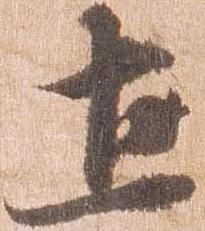
土